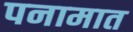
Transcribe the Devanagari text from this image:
पनामात